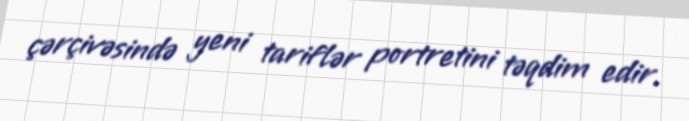
çərçivəsində yeni tariflər portretini təqdim edir.